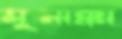
মুনাক্কা